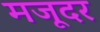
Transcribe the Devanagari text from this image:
मजूदर